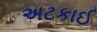
અટકાઈ